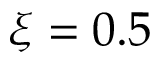
\xi = 0 . 5